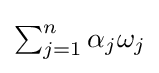
\textstyle \sum _{j=1}^{n}\alpha _{j}\omega _{j}